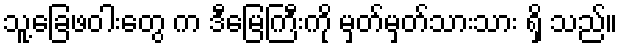
သူ့ခြေဖဝါးတွေ က ဒီမြေကြီးကို မှတ်မှတ်သားသား ရှိ သည်။